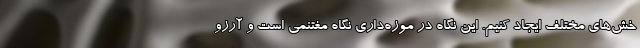
خش‌های مختلف ایجاد کنیم. این نگاه در موزه‌داری نگاه مغتنمی است و آرزو